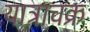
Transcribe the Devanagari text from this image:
यात्राचक्र